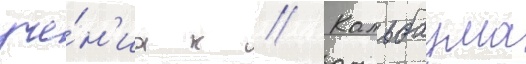
уче́н'иа к // Кальбаума